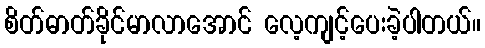
စိတ်ဓာတ်ခိုင်မာလာအောင် လေ့ကျင့်ပေးခဲ့ပါတယ်။